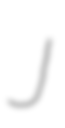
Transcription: J